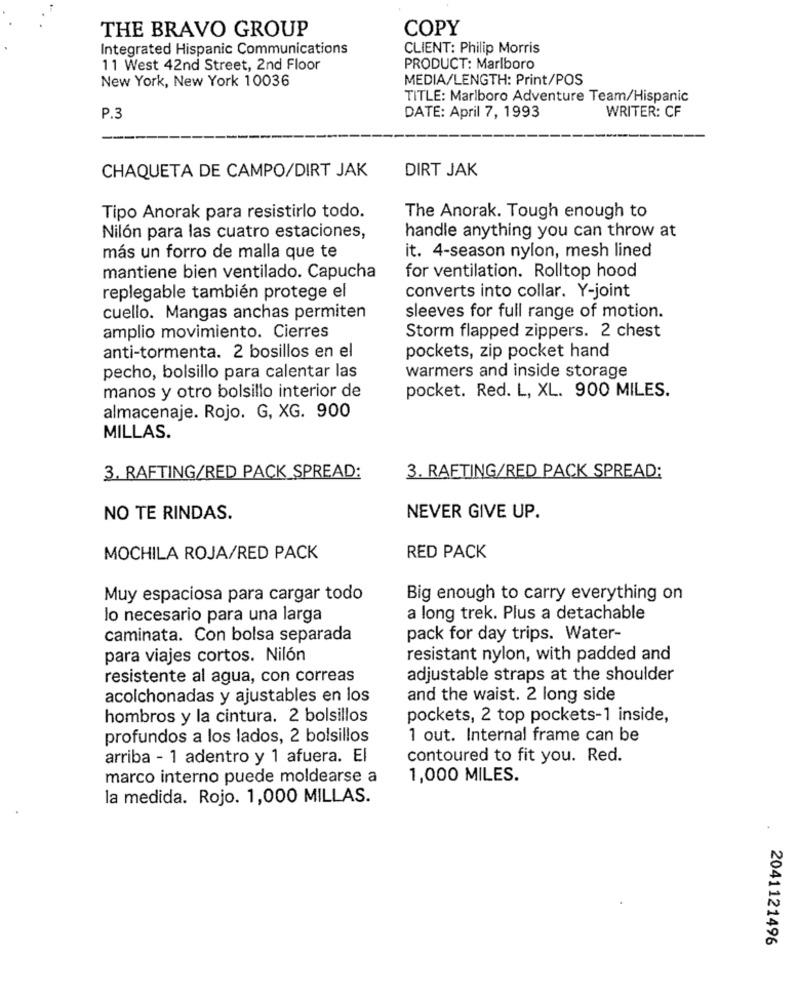
COPY
THE BRAVO GROUP
Integrated Hispanic Communications
CLIENT: Philip Morris
11 West 42nd Street, 2nd Floor
PRODUCT: Marlboro
New York, New York 10036
MEDIA/LENGTH: Print/POS
TITLE: Marlboro Adventure Team/Hispanic
WRITER: CF
P.3
DATE: April 7, 1993
CHAQUETA DE CAMPO/DIRT JAK
DIRT JAK
Tipo Anorak para resistirlo todo.
The Anorak. Tough enough to
Nilón para las cuatro estaciones,
handle anything you can throw at
más un forro de malla que te
it. 4-season nylon, mesh lined
mantiene bien ventilado. Capucha
for ventilation. Rolltop hood
converts into collar. Y-joint
replegable también protege el
cuello. Mangas anchas permiten
sleeves for full range of motion.
amplio movimiento. Cierres
Storm flapped zippers. 2 chest
anti-tormenta. 2 bosillos en el
pockets, zip pocket hand
pecho, bolsillo para calentar las
warmers and inside storage
pocket. Red. L, XL. 900 MILES.
manos y otro bolsillo interior de
almacenaje. Rojo. G, XG. 900
MILLAS.
3. RAFTING/RED PACK SPREAD:
3. RAFTING/RED PACK SPREAD:
NO TE RINDAS.
NEVER GIVE UP.
MOCHILA ROJA/RED PACK
RED PACK
Muy espaciosa para cargar todo
Big enough to carry everything on
lo necesario para una larga
a long trek. Plus a detachable
caminata. Con bolsa separada
pack for day trips. Water-
para viajes cortos. Nilón
resistant nylon, with padded and
resistente al agua, con correas
adjustable straps at the shoulder
acolchonadas y ajustables en los
and the waist. 2 long side
hombros y la cintura. 2 bolsillos
pockets, 2 top pockets-1 inside,
profundos a los lados, 2 bolsillos
1 out. Internal frame can be
arriba - 1 adentro y 1 afuera. El
contoured to fit you. Red.
marco interno puede moldearse a
1,000 MILES.
la medida. Rojo. 1,000 MILLAS.
2041121496